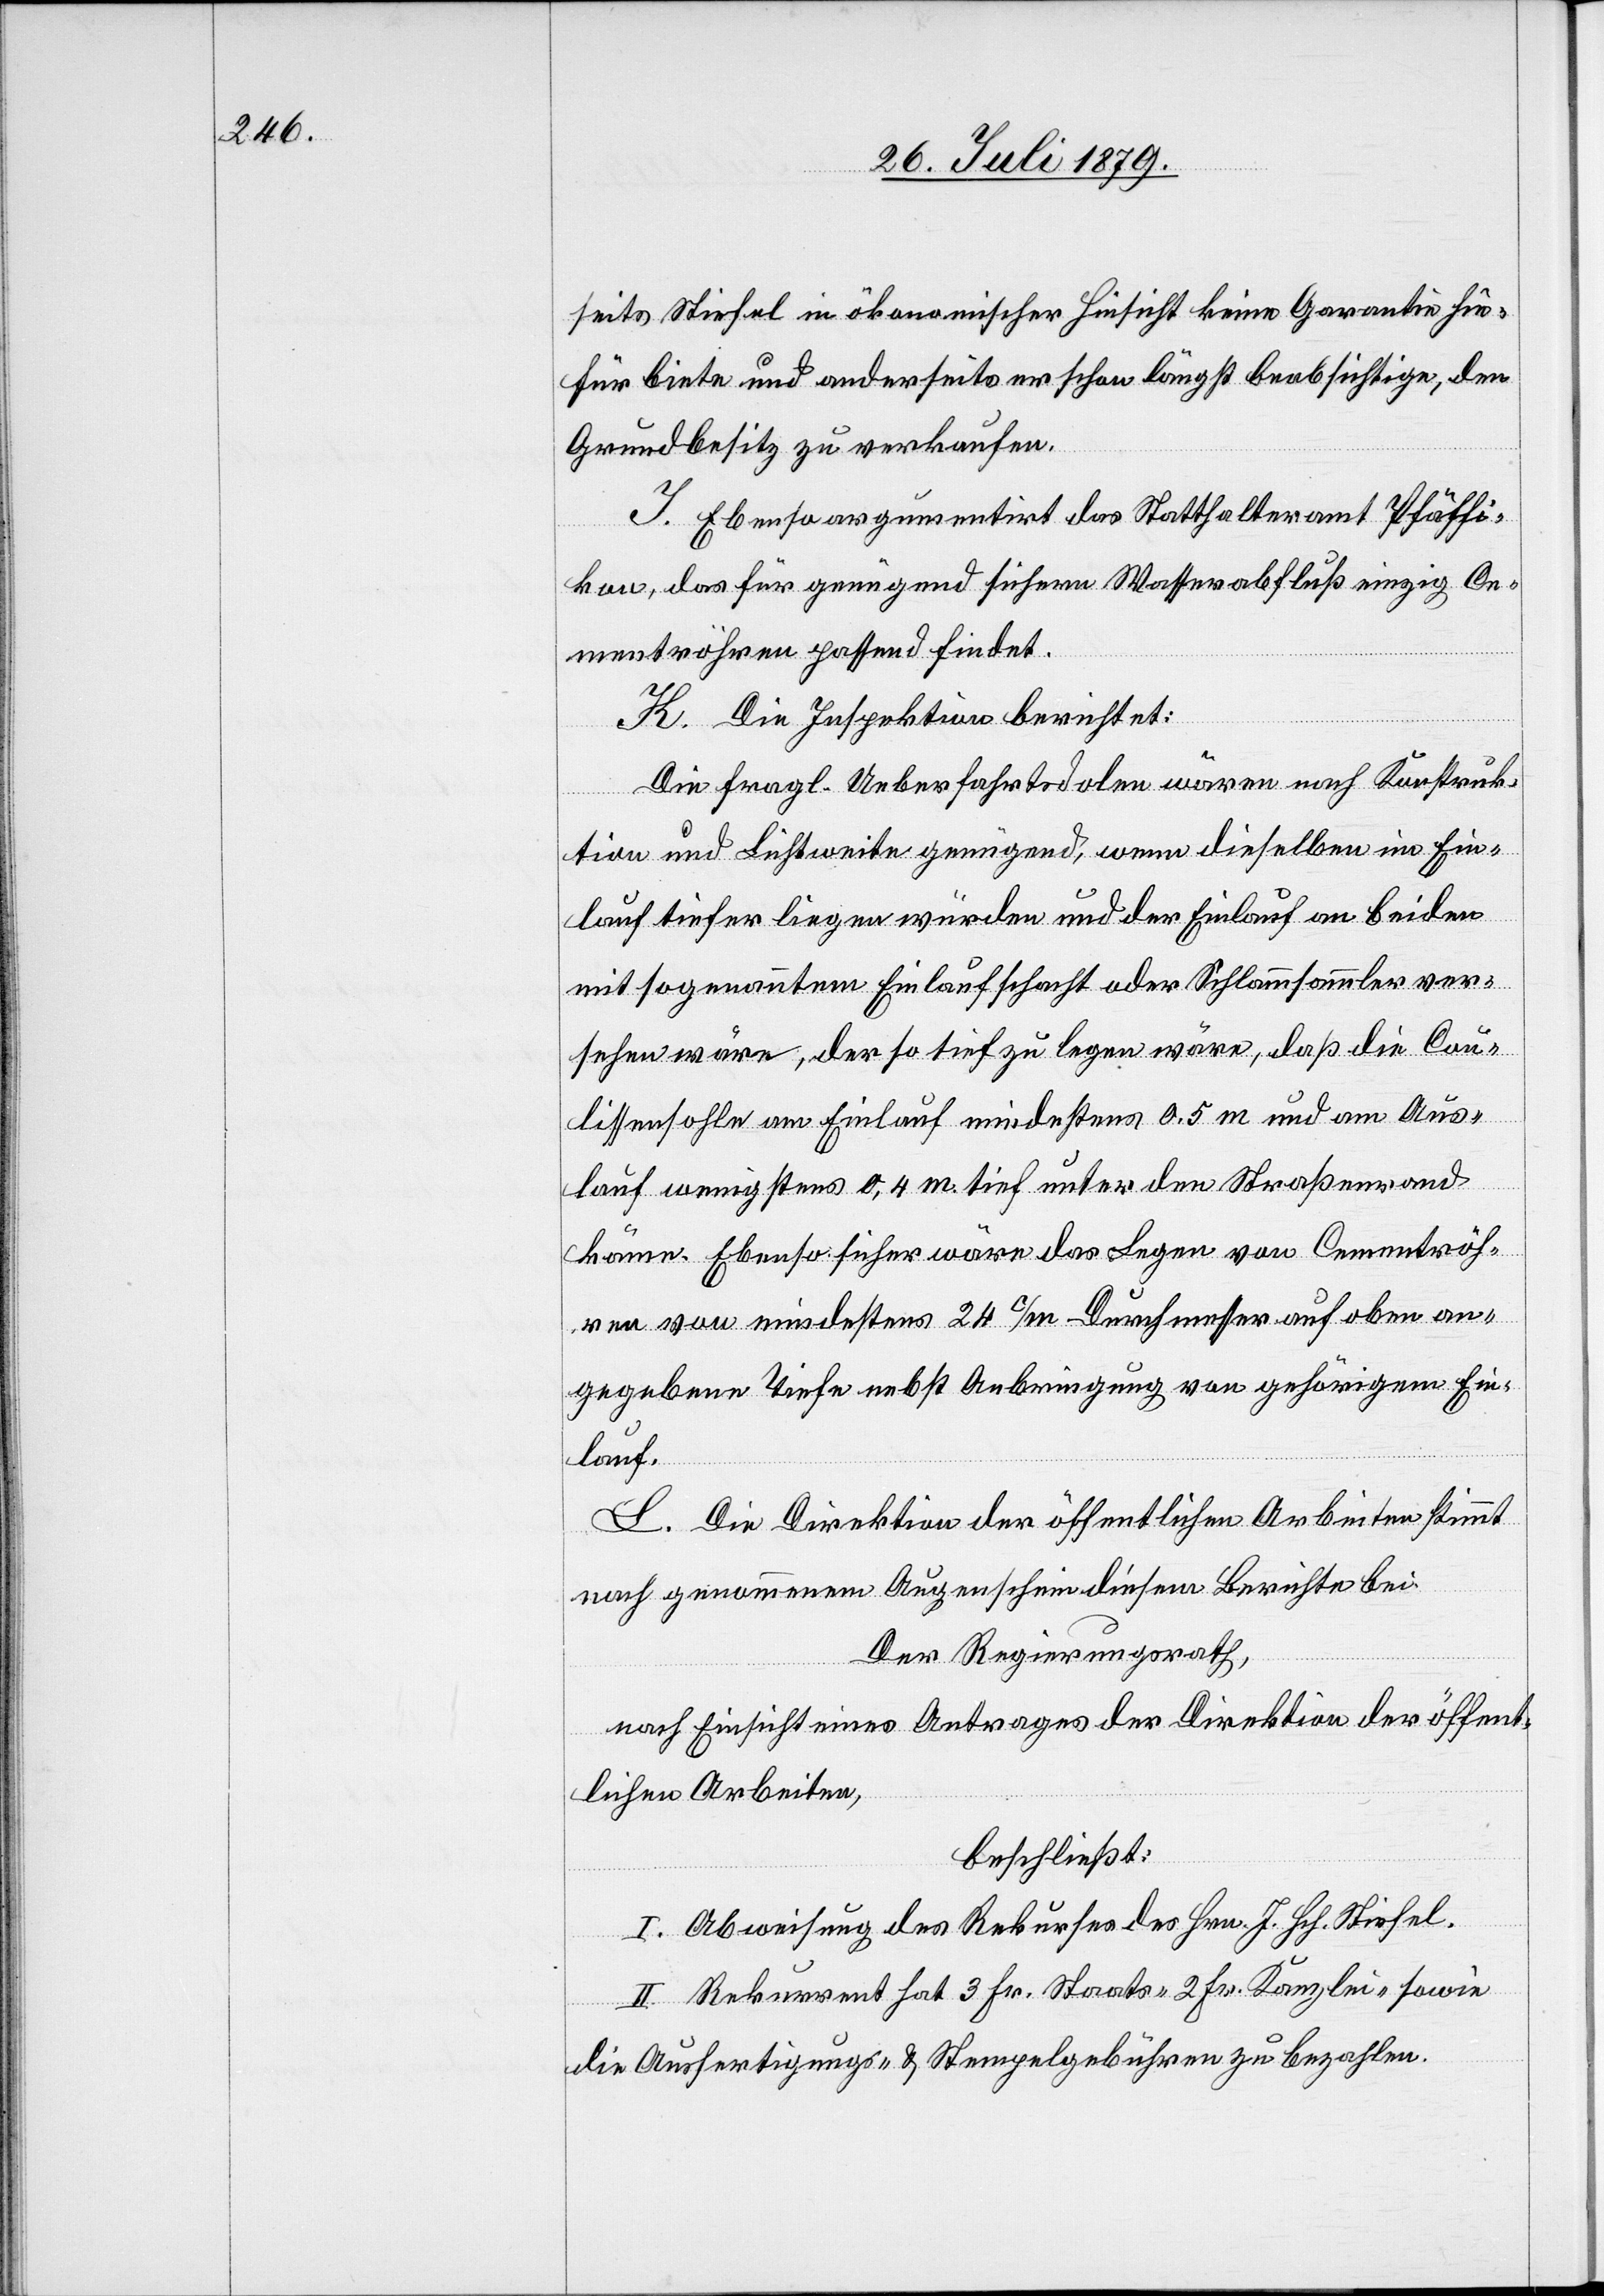
seits Stiefel in ökonomischer Hinsicht keine Garantie hie¬
für biete und anderseits er schon längst beabsichtige, den
Grundbesitz zu verkaufen.
J. Ebenso argumentirt das Statthalteramt Pfäffi¬
kon, das für genügend sichern Wasserabfluß einzig Ce¬
mentröhren passend findet.
K. Die Inspektion berichtet:
Die fragl. Ueberfahrtdolen wären nach Konstruk¬
tion und Lichtweite genügend, wenn dieselben im Ein¬
lauf tiefer liegen würden und der Einlauf an beiden
mit sogenannten Einlaufschacht oder Schlammsammler ver¬
sehen wäre, der so tief zu legen wäre, daß die Cou¬
lissensohle am Einlauf mindestens 0,5 m und am Aus¬
lauf wenigstens 0,4 m tief unter den Straßenrand
käme. Ebenso sicher wäre das Legen von Cementröh¬
ren von mindestens 24 c/m Durchmesser auf oben an¬
gegebene Tiefe nebst Anbringung von gehörigem Ein¬
lauf.
L. Die Direktion der öffentlichen Arbeiten stimmt
nach genommenem Augenschein diesem Berichte bei.
Der Regierungsrath,
nach Einsicht eines Antrages der Direktion der öffent¬
lichen Arbeiten,
beschließt:
I. Abweisung des Rekurses des Hrn. J. Hch. Stiefel.
II. Rekurrent hat 3 Fr. Staats-[,] 2 Fr. Kanzlei- sowie
die Ausfertigungs- und Stempelgebühren zu bezahlen.